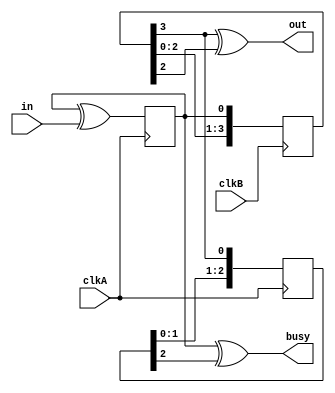
module flag_cdc(
    input clkA,
    input clkB,
    input in,
    output out,
    output busy
    );
    
    reg toggleA = 1'b0;;
    always @(posedge clkA) toggleA <= toggleA ^ in;
    
    //three flip-flop crosser
    reg [3:0] syncA = 4'b0;
    always @(posedge clkB) syncA <= {syncA[2:0], toggleA};
    
    reg [2:0] syncB = 2'b0;
    always @(posedge clkA) syncB <= {syncB[1:0], syncA[3]};
    
    assign out = (syncA[3] ^ syncA[2]);
    assign busy = (toggleA ^ syncB[2]);
    
endmodule